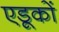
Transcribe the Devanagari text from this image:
एडूकों